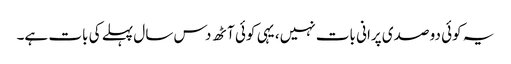
یہ کوئی دو صدی پرانی بات نہیں، یہی کوئی آٹھ دس سال پہلے کی بات ہے۔